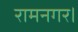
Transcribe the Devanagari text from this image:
रामनगर।